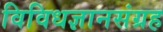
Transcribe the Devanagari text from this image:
विविधज्ञानसंग्रह